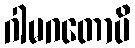
ဂါမဂတောပိ